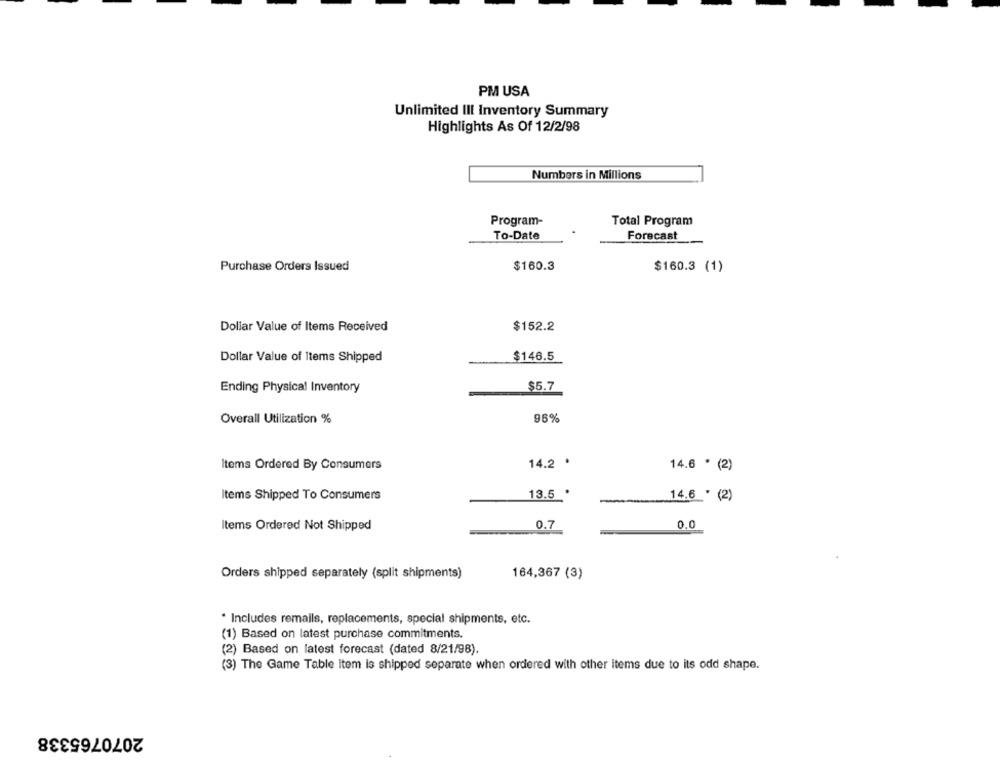
PM USA
Unlimited Ill Inventory Summary
Highlights As Of 12/2/98
Numbers in Millions
Program-
Total Program
To-Date
Forecast
Purchase Orders Issued
$160.3
$160.3 (1)
Dollar Value of Items Received
$152.2
$146.5
Dollar Value of Items Shipped
Ending Physical Inventory
$5.7
96%
Overall Utilization %
14.2 .
Items Ordered By Consumers
14.6 * (2)
Items Shipped To Consumers
13.5 *
14.6 ' (2)
Items Ordered Not Shipped
0.7
0.0
Orders shipped separately (split shipments)
164,367 (3)
· Includes remails, replacements, special shipments, etc.
(1) Based on latest purchase commitments.
(2) Based on latest forecast (dated 8/21/98).
(3) The Game Table item is shipped separate when ordered with other items due to its odd shape.
2070765338